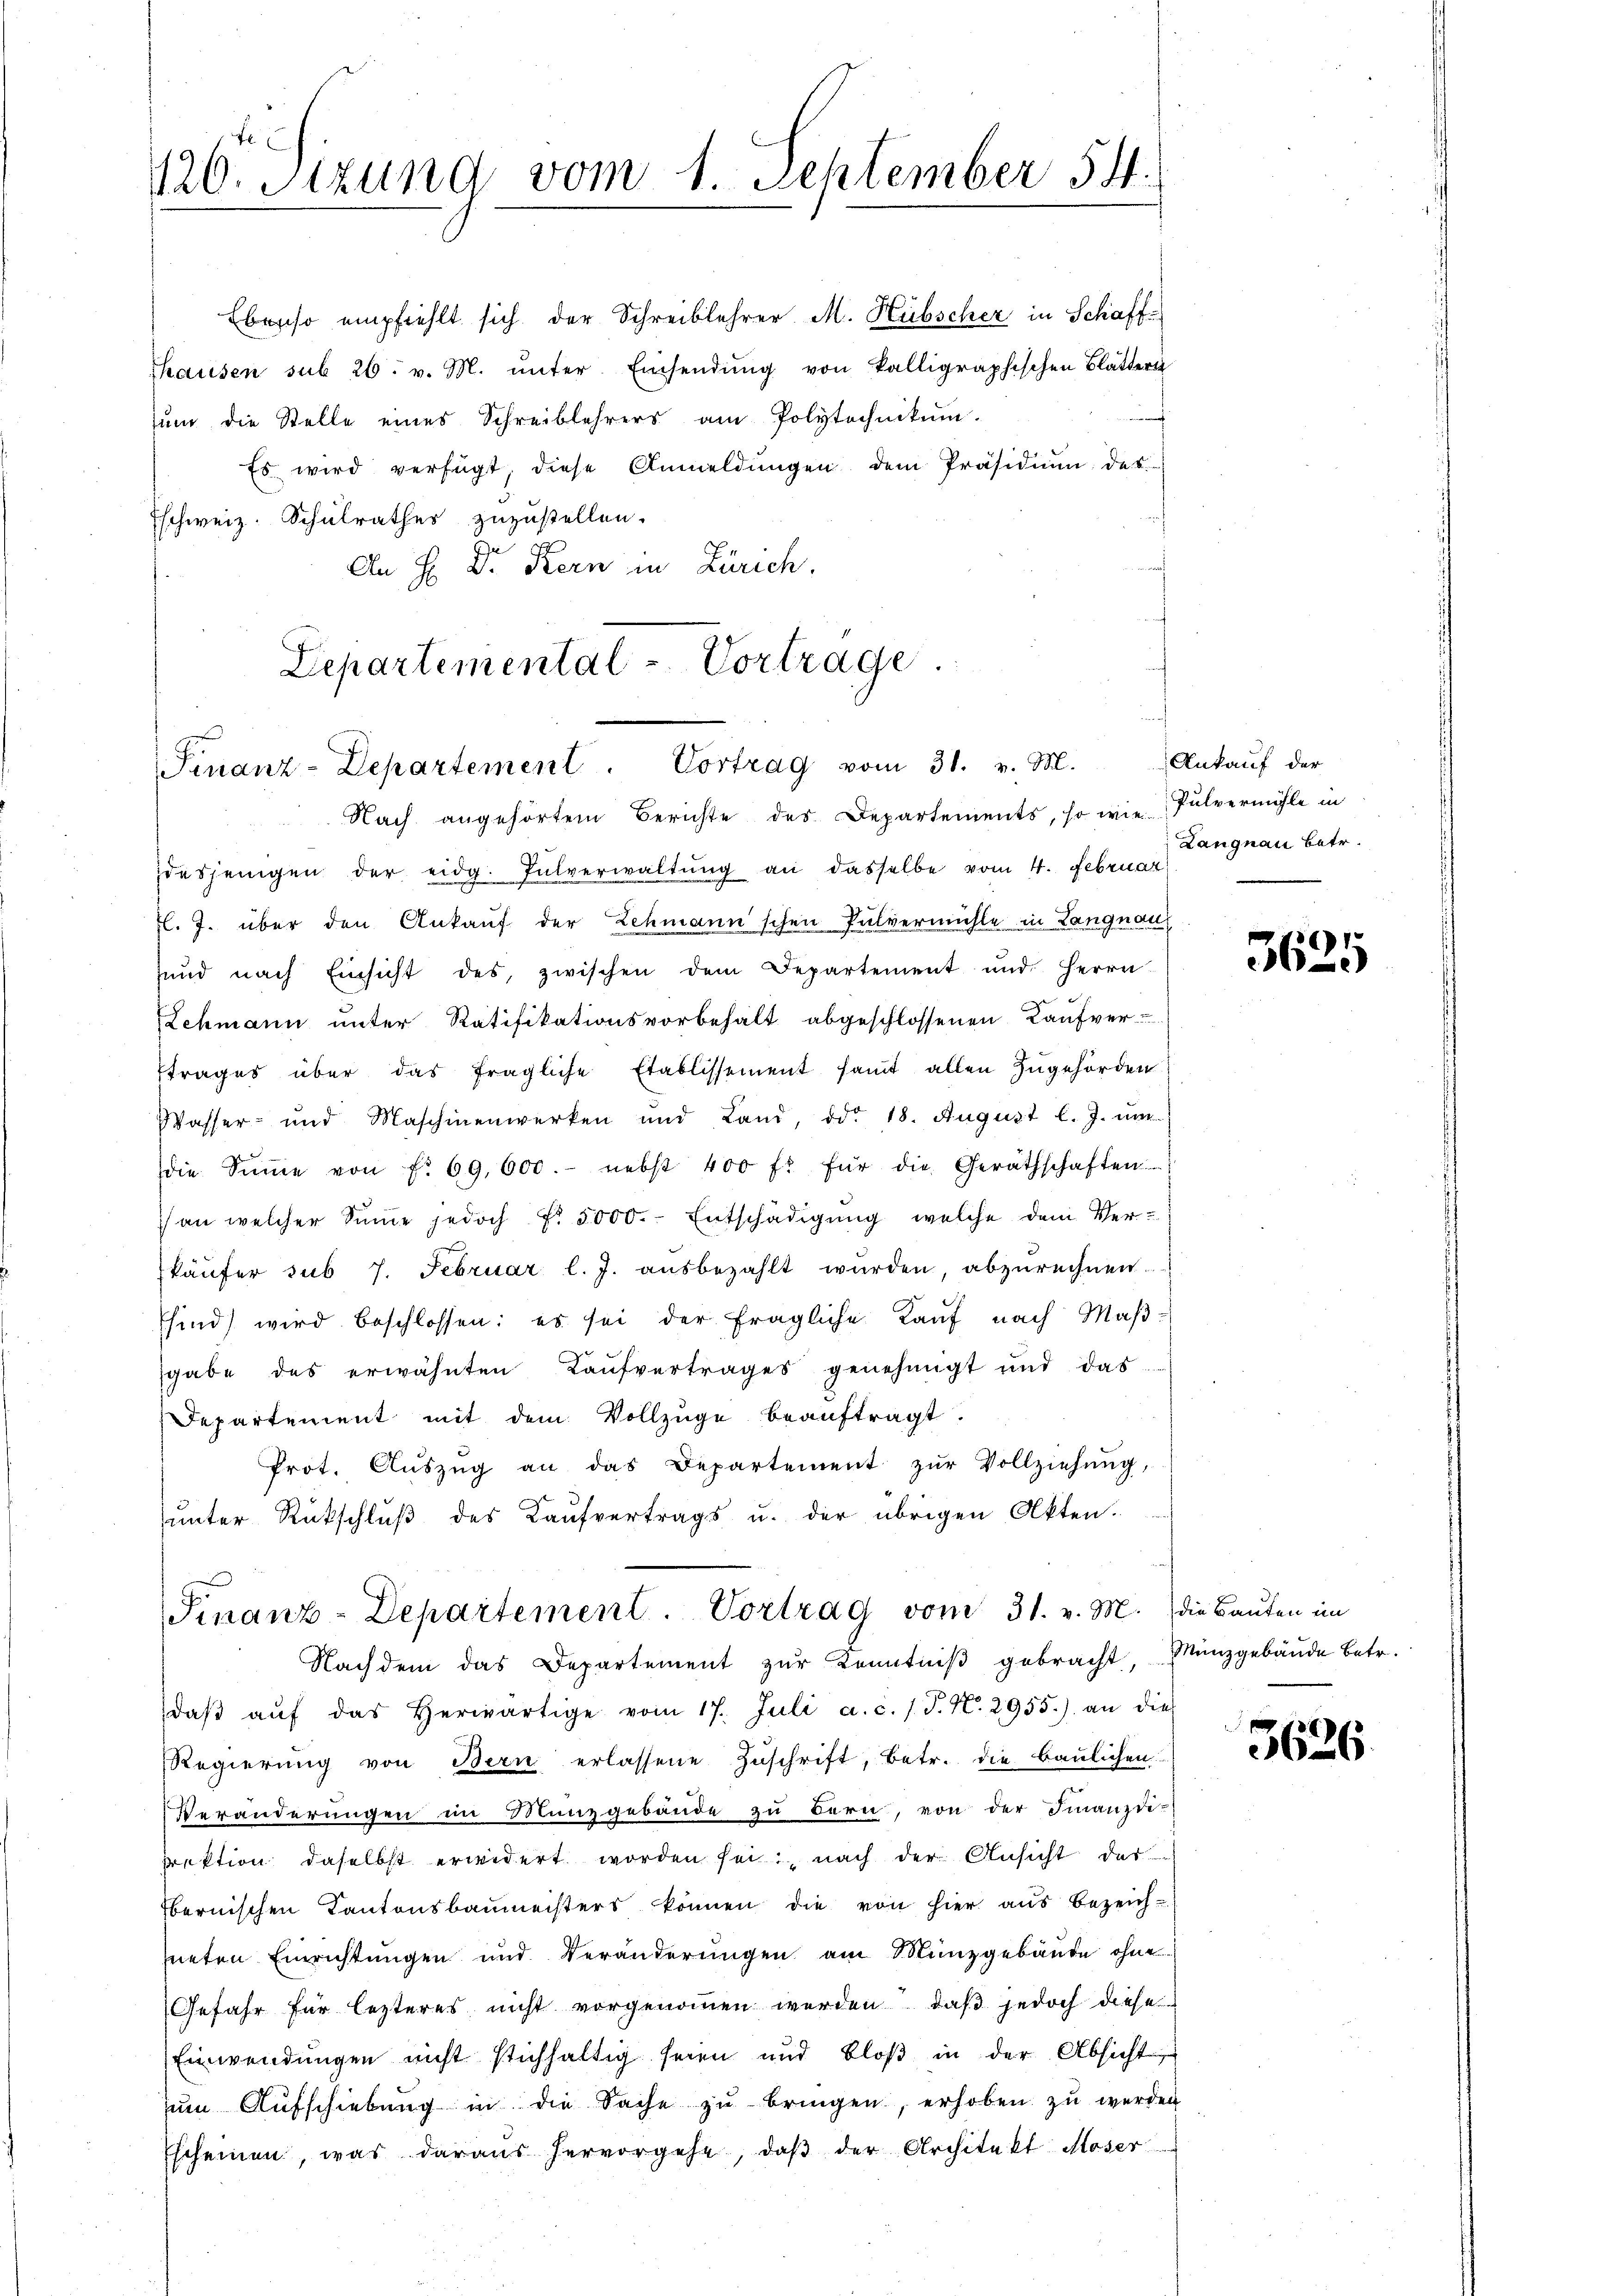
120. Sitzung vom 1. September 54.

Ebenso empfiehlt sich der Schreiblehrer M. Hübscher in Schaff-
Thausen sub 26. v. M. ŭnter Einsendŭng von kalligraphischen Blättern
sum die Stelle eines Schreiblehrers am Polytechnikum.
Es wird verfügt, diese Anmeldŭngen dem Präsidiŭm des
Eschweiz. Schulrathes zuzustellen.
An H. Dr. Kern in Zürich.
Departemental-Vortrage.

Finanz-Departement. Vortrag vom 31. v. M.
Nach angehörtem Berichte des Departements, so wie Pulvermühle in

desjenigen der eidg. Jŭlverwaltŭng an dasselbe vom 4. Februar
fl. J. über den Ankauf der Schmann'schen Pulvermühle in Langnau
ŭnd nach Einsicht des zwischen dem Departement und Herrn
.
Lehmann ŭnter Ratifikationsvorbehalt abgeschlossenen Kaŭfver-
ftrages über das fragliche Etablissement samt allen Zugehörden
Wasser- und Maschinenwerken und Land, ddo 18. August l. J. um
die Sinne von f. 69. 600.- nebst 400 fl für die Geräthschaften
an welcher Sinne jedoch f. 5000. Entschädigung, welche dem Verkäŭfer sub 7. Februar l. J. ausbezahlt wurden, abzurechnen.
Esind wird beschlossen: es sei der fragliche Kauf nach Maß-
sgabe des erwähnten Kaŭfvertrages genehmigt und das
Departement mit dem Vollzüge beauftragt.
Prot. Aŭszŭg an das Departement zŭr Vollziehŭng,
ŭnter Rückschlŭβ des Kaŭfvertrags u. der übrigen Akten.

Finanz-Departement. Vortrag vom 31. v. M. die Baŭten im
Nachdem das Departement zur Kenntniß gebracht,

Ankauf der
Langnau betr.

daβ aŭf das herwärtige vom 17. Juli a. c. l. J. N. 2955.) an dies
Regierŭng von Bern erlassene Zŭschrift, betr. die baulichen
Veränderungen im Manzgebäude zu Bern, von der Finanzdiirektion daselbst erwidert worden seinach der Ansicht der
bernischen Kantonsbaŭmeisters können die von hier aŭs bezeich-
hneten Einrichtungen und Veränderungen am Münzgebäude ohne
Gefahr für lezteres nicht vorgenommen werden, daß jedoch diese
Einwendungen nicht stichhaltig seien und bloβ in der Absicht
ŭm Aŭfschiebŭng in die Sache zŭ bringen, erhoben zŭ werden
Escheinen, was daraus hervorgehe, daβ der Architekt Moser

3625

Münzgebäude betr.

1xx
26.